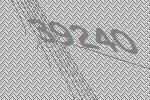
39240